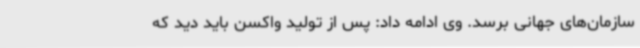
سازمان‌های جهانی برسد. وی ادامه داد: پس از تولید واکسن باید دید که